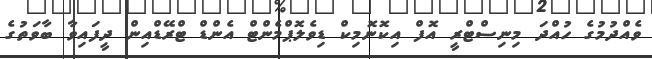
ވެއްދުމުގެ ހުއްދަ މިނިސްޓްރީ އޮފް އިކޮނޮމިކް ޑިވެލޮޕްމެންޓް އެންޑް ޓްރޭޑްއިން ދީފައިވާ ބާވަތުގެ